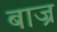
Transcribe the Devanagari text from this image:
बाज्र